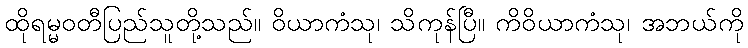
ထိုရမ္မဝတီပြည်သူတို့သည်။ ဝိယာကံသု၊ သိကုန်ပြီ။ ကိဝိယာကံသု၊ အဘယ်ကို